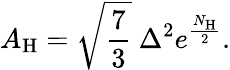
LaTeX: A_{\mathrm{H}}=\sqrt{\frac{7}{3}}~\Delta^{2}e^{\frac{N_{\mathrm{H}}}{2}}.